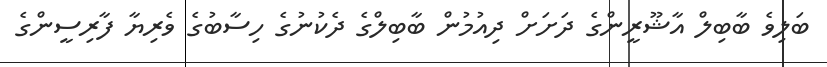
ބަލިވެ ބާބިލް އާޝޫރީންގެ ދަށަށް ދިއުމުން ބާބިލްގެ ދެކުނުގެ ހިސާބުގެ ވެރިޔާ ފާރިސީންގެ